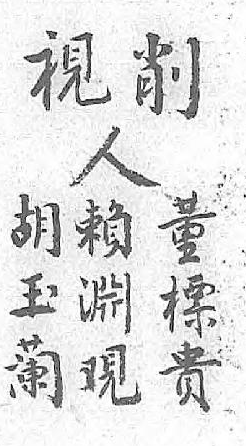
削人胡董賴視 玉標淵  蘭貴觀